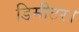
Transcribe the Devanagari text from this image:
डिमीटर।